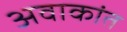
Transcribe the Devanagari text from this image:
अवाकांत